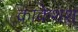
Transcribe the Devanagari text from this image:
काकेशश